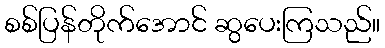
စစ်ပြန်တိုက်အောင် ဆွပေးကြသည်။